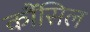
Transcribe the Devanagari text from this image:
कौंंसिल